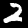
Label: 2